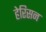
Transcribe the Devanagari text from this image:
हेरिसन